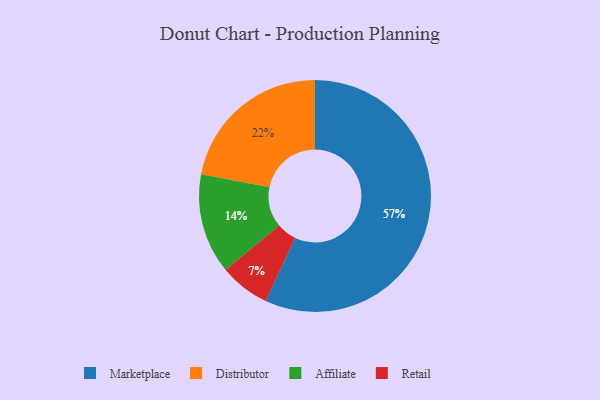
{"axis": {"x": "Category", "y": "Percentage"}, "legend": ["Affiliate", "Distributor", "Marketplace", "Retail"], "data": [{"x": "Marketplace", "y": 57, "type": "Marketplace"}, {"x": "Distributor", "y": 22, "type": "Distributor"}, {"x": "Retail", "y": 7, "type": "Retail"}, {"x": "Affiliate", "y": 14, "type": "Affiliate"}]}